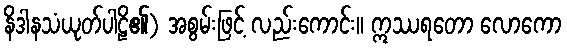
နိဒါနသံယုတ်ပါဠိ၏) အစွမ်းဖြင့် လည်းကောင်း။ ဣဿရတော လောကော